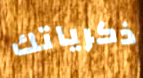
ذكرياتك